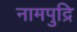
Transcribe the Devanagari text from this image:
नामपुद्रि